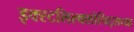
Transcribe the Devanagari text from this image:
इक्स्टलिल्क्सोचिट्लच्या